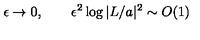
\epsilon \rightarrow 0 , \qquad \epsilon ^ { 2 } \log | L / a | ^ { 2 } \sim O ( 1 )